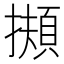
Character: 𢶄